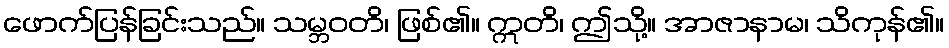
ဖောက်ပြန်ခြင်းသည်။ သမ္ဘဝတိ၊ ဖြစ်၏။ ဣတိ၊ ဤသို့။ အာဇာနာမ၊ သိကုန်၏။